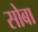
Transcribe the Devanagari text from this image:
सोबा